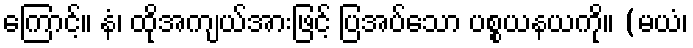
ကြောင့်။ နံ၊ ထိုအကျယ်အားဖြင့် ပြအပ်သော ပစ္စယနယကို။ (မယံ၊